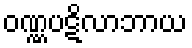
ဝဏ္ဏပဋိလာဘာယ